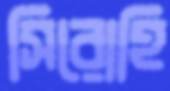
সিরোহি